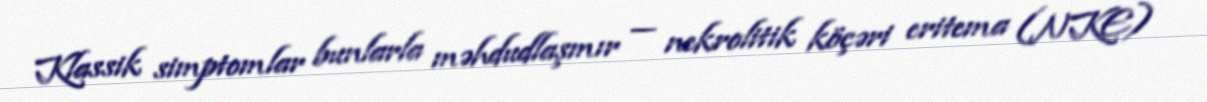
Klassik simptomlar bunlarla məhdudlaşmır — nekrolitik köçəri eritema (NKE)